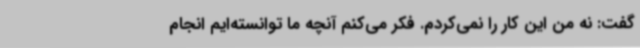
گفت: نه من این کار را نمی‌کردم. فکر می‌کنم آنچه ما توانسته‌ایم انجام